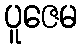
ပူဇေမ